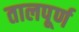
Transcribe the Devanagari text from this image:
तालपूर्ण